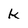
Character: k